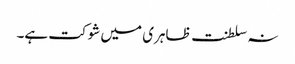
نہ سلطنت ظاہری میں شوکت ہے۔